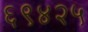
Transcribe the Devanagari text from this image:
६९४२५